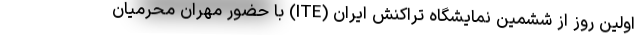
اولین روز از ششمین نمایشگاه تراکنش ایران (ITE) با حضور مهران محرمیان